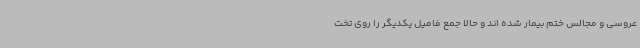
عروسی و مجالس ختم بیمار شده اند و حالا جمع فامیل یکدیگر را روی تخت